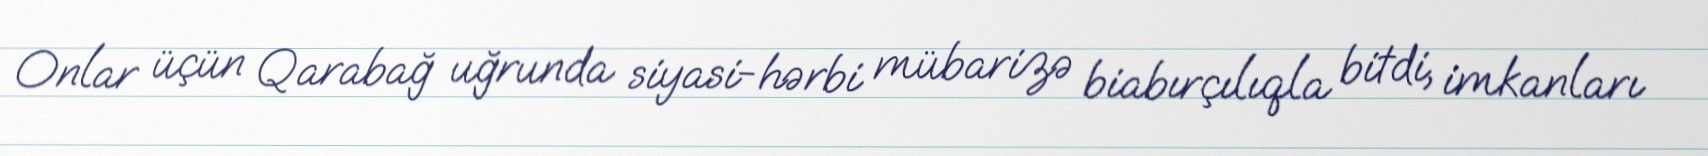
Onlar üçün Qarabağ uğrunda siyasi-hərbi mübarizə biabırçılıqla bitdi, imkanları